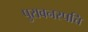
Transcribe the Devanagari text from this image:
पुरावनस्पत्ति